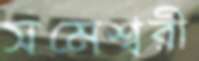
সমেশ্বরী